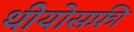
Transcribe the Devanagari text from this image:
थीयोसफ़ी